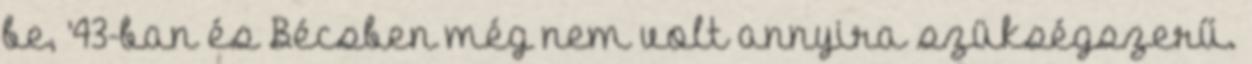
be, ’43-ban és Bécsben még nem volt annyira szükségszerű.